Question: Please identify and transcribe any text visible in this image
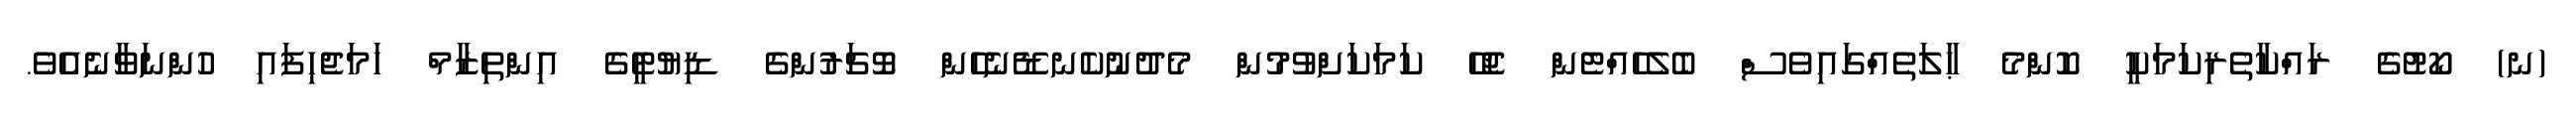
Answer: (ނ) ކޯޓުގެ ރައްކާތެރިކަމަކީ ކޮންމެ ޙާލަތެއްގައިވެސް ބެލެހެއްޓެން ޖެހޭ ކަމަކަށްވުމުން މެދުނުކެނޑޭނެހެން ވޮޗަރުންގެ ޑިޔުޓީގެ އިންތިޒާމް ހަމަޖެހިފައި ހުންނަވާނެއެވެ.